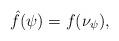
LaTeX: \begin{align*}\hat{f}(\psi)= f(\nu_\psi), \end{align*}